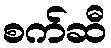
စက်ဆီ